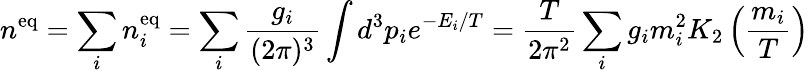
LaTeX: n^{\mathrm{eq}}=\sum_{i}n_{i}^{\mathrm{eq}}=\sum_{i}\frac{g_{i}}{(2\pi)^{3}}\int d^{3}p_{i}e^{-E_{i}/T}=\frac{T}{2\pi^{2}}\sum_{i}g_{i}m_{i}^{2}K_{2}\left(\frac{m_{i}}{T}\right)